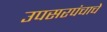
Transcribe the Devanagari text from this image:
उपसरपंचाचे